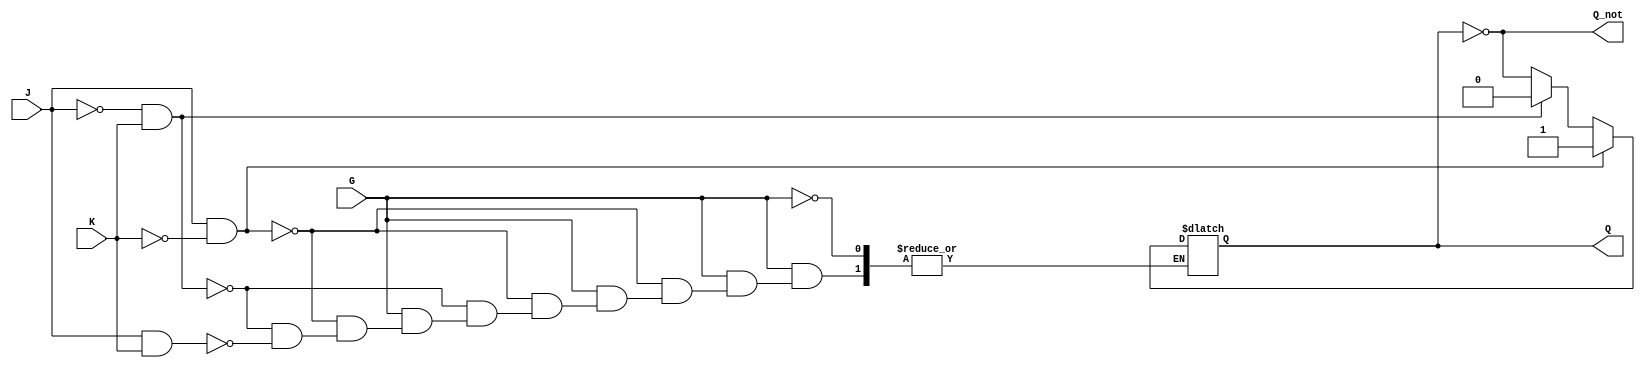
module GatedJKLatch (
    input wire J,     // Set input
    input wire K,     // Reset input
    input wire G,     // Gate input
    output reg Q,     // Current state output
    output wire Q_not // Complement of Q
);
    
    // Complement of Q
    assign Q_not = ~Q;

    // Always block triggered by G (gate)
    always @(*) begin
        if (G) begin
            if (J && !K) begin
                Q = 1'b1; // Set
            end
            else if (!J && K) begin
                Q = 1'b0; // Reset
            end
            else if (J && K) begin
                Q = ~Q;   // Toggle
            end
            // If J and K are both 0, Q retains its previous state
        end
        // If G is low, Q retains its previous state
    end

endmodule